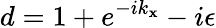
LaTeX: d=1+e^{-ik_{\mathbf{x}}}-i\epsilon